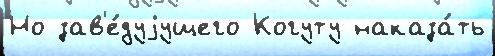
Но зав'е́дуjущего Когуту наказа́ть